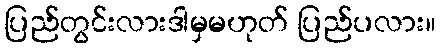
ပြည်တွင်းလားဒါမှမဟုတ် ပြည်ပလား။